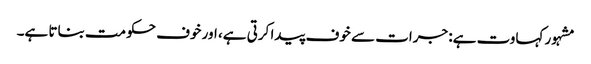
مشہور کہاوت ہے: جرات سے خوف پیدا کرتی ہے، اور خوف حکومت بناتا ہے۔